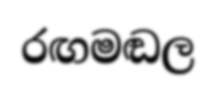
රඟමඬල